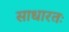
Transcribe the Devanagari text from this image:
साधारतः